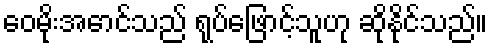
ဝေမိုးအောင်သည် ရုပ်ဖြောင့်သူဟု ဆိုနိုင်သည်။